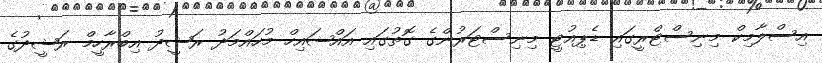
އިސްލާމިކް މިނިސްޓްރީގައި ޑެޕިއުޓީ މިނިސްޓަރުންގެ ގޮތުގައި އައްޝައިހް މުހައްމަދު ރަޝީދު އިބްރާހީމް ރަޝީދުގެ